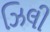
ઝિલી